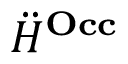
\ddot { H } ^ { \mathbf { O c c } }